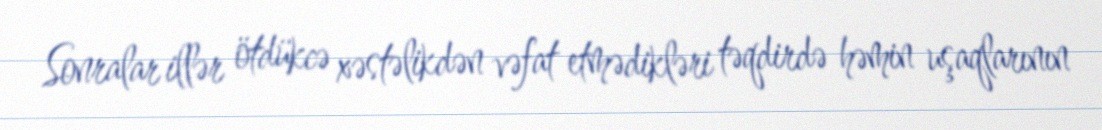
Sonralar illər ötdükcə xəstəlikdən vəfat etmədikləri təqdirdə həmin uşaqlarının